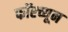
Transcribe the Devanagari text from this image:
फॉरच्यून